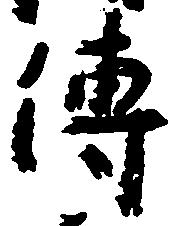
伝